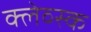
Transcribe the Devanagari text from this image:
क्लेव्स्क